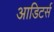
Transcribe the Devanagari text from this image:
आडिटर्स